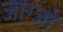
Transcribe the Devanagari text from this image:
जाग्जो